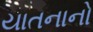
યાતનાનો